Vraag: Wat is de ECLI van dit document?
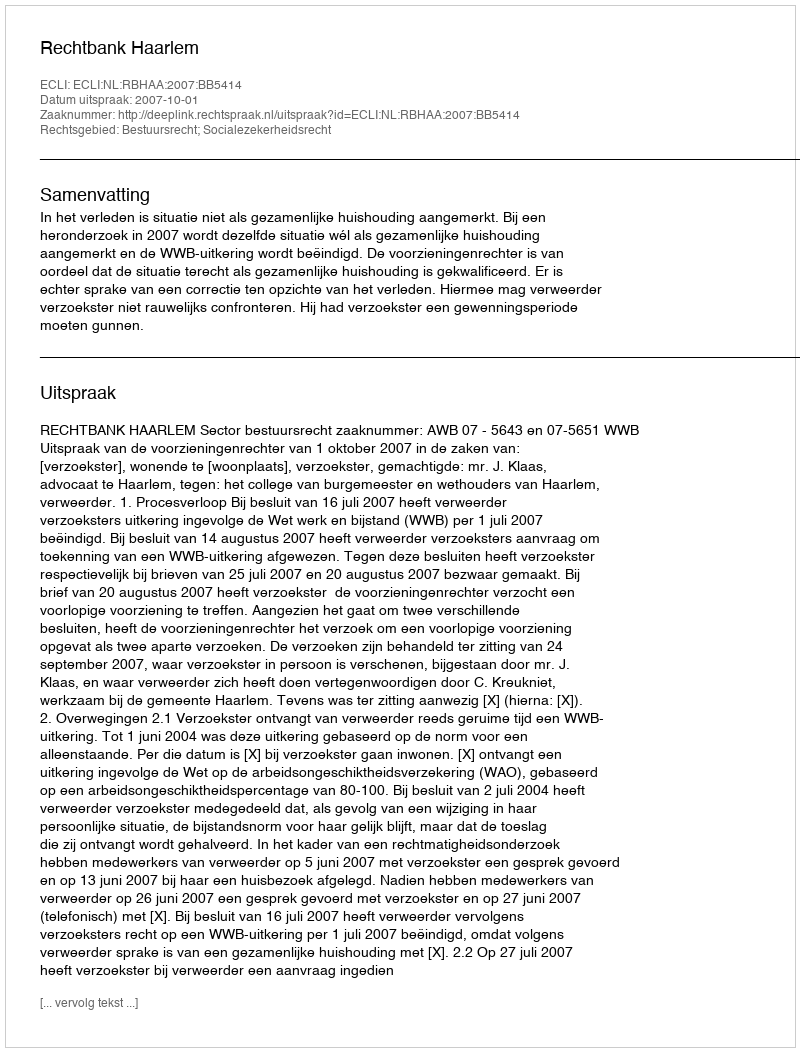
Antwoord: ECLI:NL:RBHAA:2007:BB5414